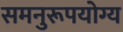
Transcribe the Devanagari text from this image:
समनुरूपयोग्य